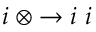
i \ \otimes \to i \ i